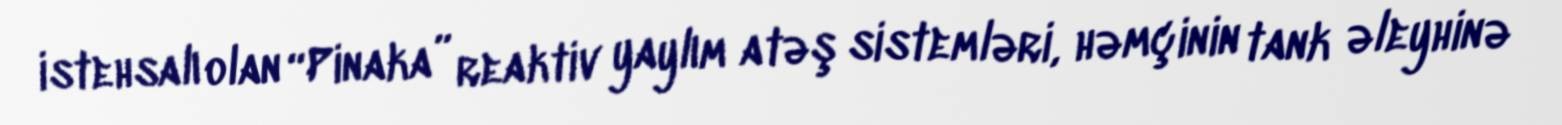
istehsalı olan “Pinaka” reaktiv yaylım atəş sistemləri, həmçinin tank əleyhinə